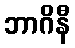
ဘာဂိနီ